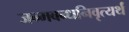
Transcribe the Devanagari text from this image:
जन्मबन्धनिवृत्यर्थं